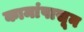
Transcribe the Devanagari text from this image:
कामांपासून